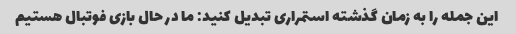
این جمله را به زمان گذشته استمراری تبدیل کنید: ما در حال بازی فوتبال هستیم